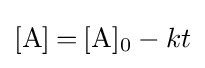
{\ce {[A] = [A]0}}-kt